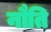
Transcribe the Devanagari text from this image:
नौति